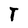
Character: T